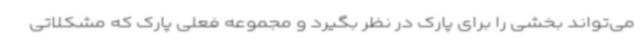
می‌تواند بخشی را برای پارک در نظر بگیرد و مجموعه فعلی پارک که مشکلاتی